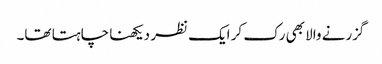
گزرنے والا بھی رک کر ایک نظر دیکھنا چاہتا تھا۔